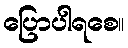
ပြောပါရစေ။